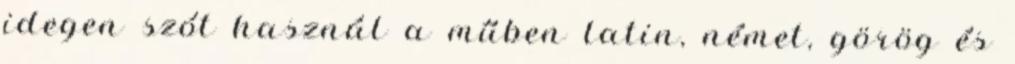
idegen szót használ a műben latin, német, görög és